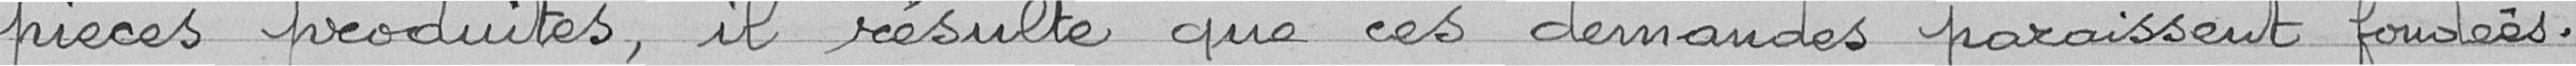
pièces produites, il résulte que ces demandes paraissent fondées.